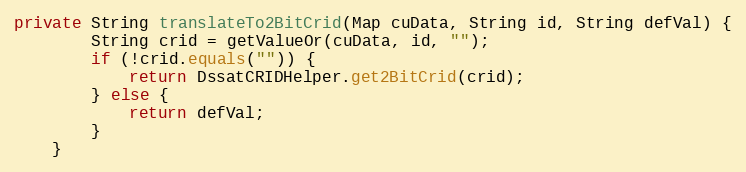
Language: Java
private String translateTo2BitCrid(Map cuData, String id, String defVal) {
        String crid = getValueOr(cuData, id, "");
        if (!crid.equals("")) {
            return DssatCRIDHelper.get2BitCrid(crid);
        } else {
            return defVal;
        }
    }